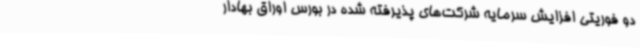
دو فوریتی افزایش سرمایه شرکت‌های پذیرفته شده در بورس اوراق بهادار